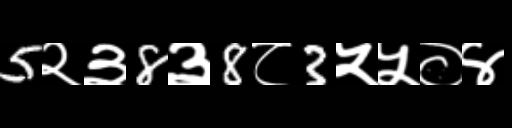
Text: 5२३8३8८3५५०४